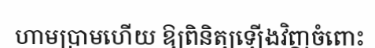
ហាមប្រាមហើយ ឱ្យពិនិត្យឡើងវិញចំពោះ